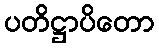
ပတိဋ္ဌာပိတော